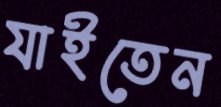
যাইতেন